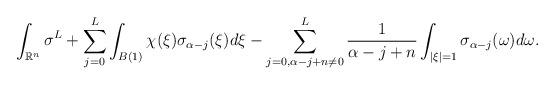
LaTeX: \begin{align*}\int_{\mathbb{R}^n}\sigma^L+\sum_{j=0}^{L}\int_{B(1)}\chi(\xi)\sigma_{\alpha-j}(\xi)d\xi-\sum_{j=0,\alpha-j+n\neq0}^L \frac{1}{\alpha-j+n}\int_{|\xi|=1}\sigma_{\alpha-j}(\omega)d\omega.\end{align*}